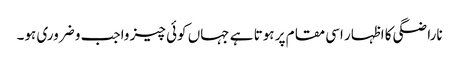
ناراضگی کا اظہار اسی مقام پر ہوتا ہے جہاں کوئی چیز واجب و ضروری ہو۔